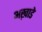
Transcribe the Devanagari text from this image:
अख़ाडे